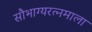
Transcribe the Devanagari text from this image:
सौभाग्यरत्नमाला